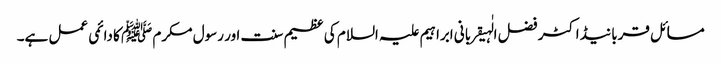
مسائل قربانیڈاکٹر فضل الٰہیقربانی ابراہیم علیہ السلام کی عظیم سنت اور رسول مکرم ﷺ کا دائمی عمل ہے۔